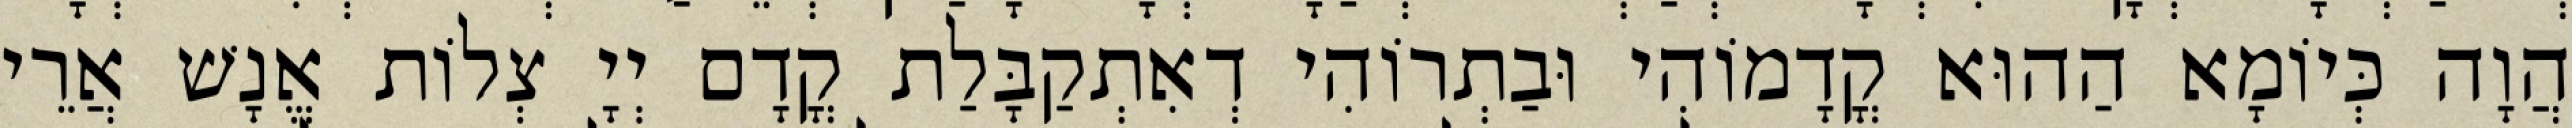
הֲוָה כְּיוֹמָא הַהוּא קֳדָמוֹהִי וּבַתְרוֹהִי דְאִתְקַבָּלַת קֳדָם יְיָ צְלוֹת אֱנָשׁ אֲרֵי